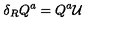
\delta _ { R } Q ^ { a } = Q ^ { a } \mathcal { U }